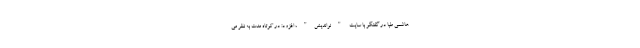
هاشمي طبا در گفتگو با سایت "نواندیش"، افزود: در کوتاه مدت به نظر می